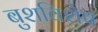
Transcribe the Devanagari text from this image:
बुशविशेष